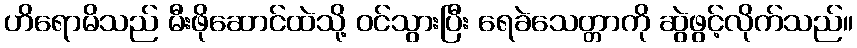
ဟိရောမိသည် မီးဖိုဆောင်ထဲသို့ ဝင်သွားပြီး ရေခဲသေတ္တာကို ဆွဲဖွင့်လိုက်သည်။